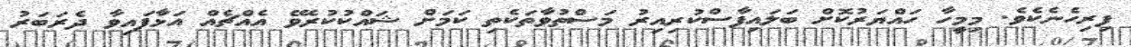
ފިރިހެނެކެވެ. މިމީހާ ހައްޔަރުކޮށް ބަލައިފާސްކުރިއިރު މަސްތުވާތަކެތި ކަމަށް ޝައްކުކުރެވޭ އެއްޗެއް އަޅާފައިވާ ދެރަބަރު